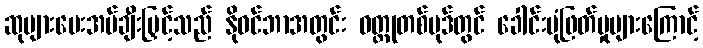
ဆုများပေးအပ်ချီးမြှင့်သည် နိုဝင်ဘာအတွင်း ဝတ္ထုတစ်ပုဒ်တွင် ခေါင်းပုံဖြတ်မှုများကြောင့်